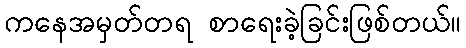
ကနေအမှတ်တရ စာရေးခဲ့ခြင်းဖြစ်တယ်။